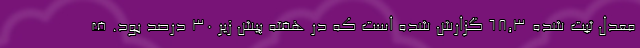
معدل ثبت شده 68,3 گزارش شده است که در هفته پیش زیر 30 درصد بود. ف